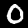
Label: 0